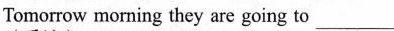
Tomorrow morning they are going to